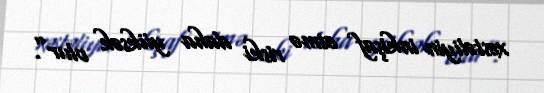
xəstəliyin inkişaf etmə riski daha yüksək olur”.